Triigi,_Aleksandri_(Koue)_vallakohus, lk 8
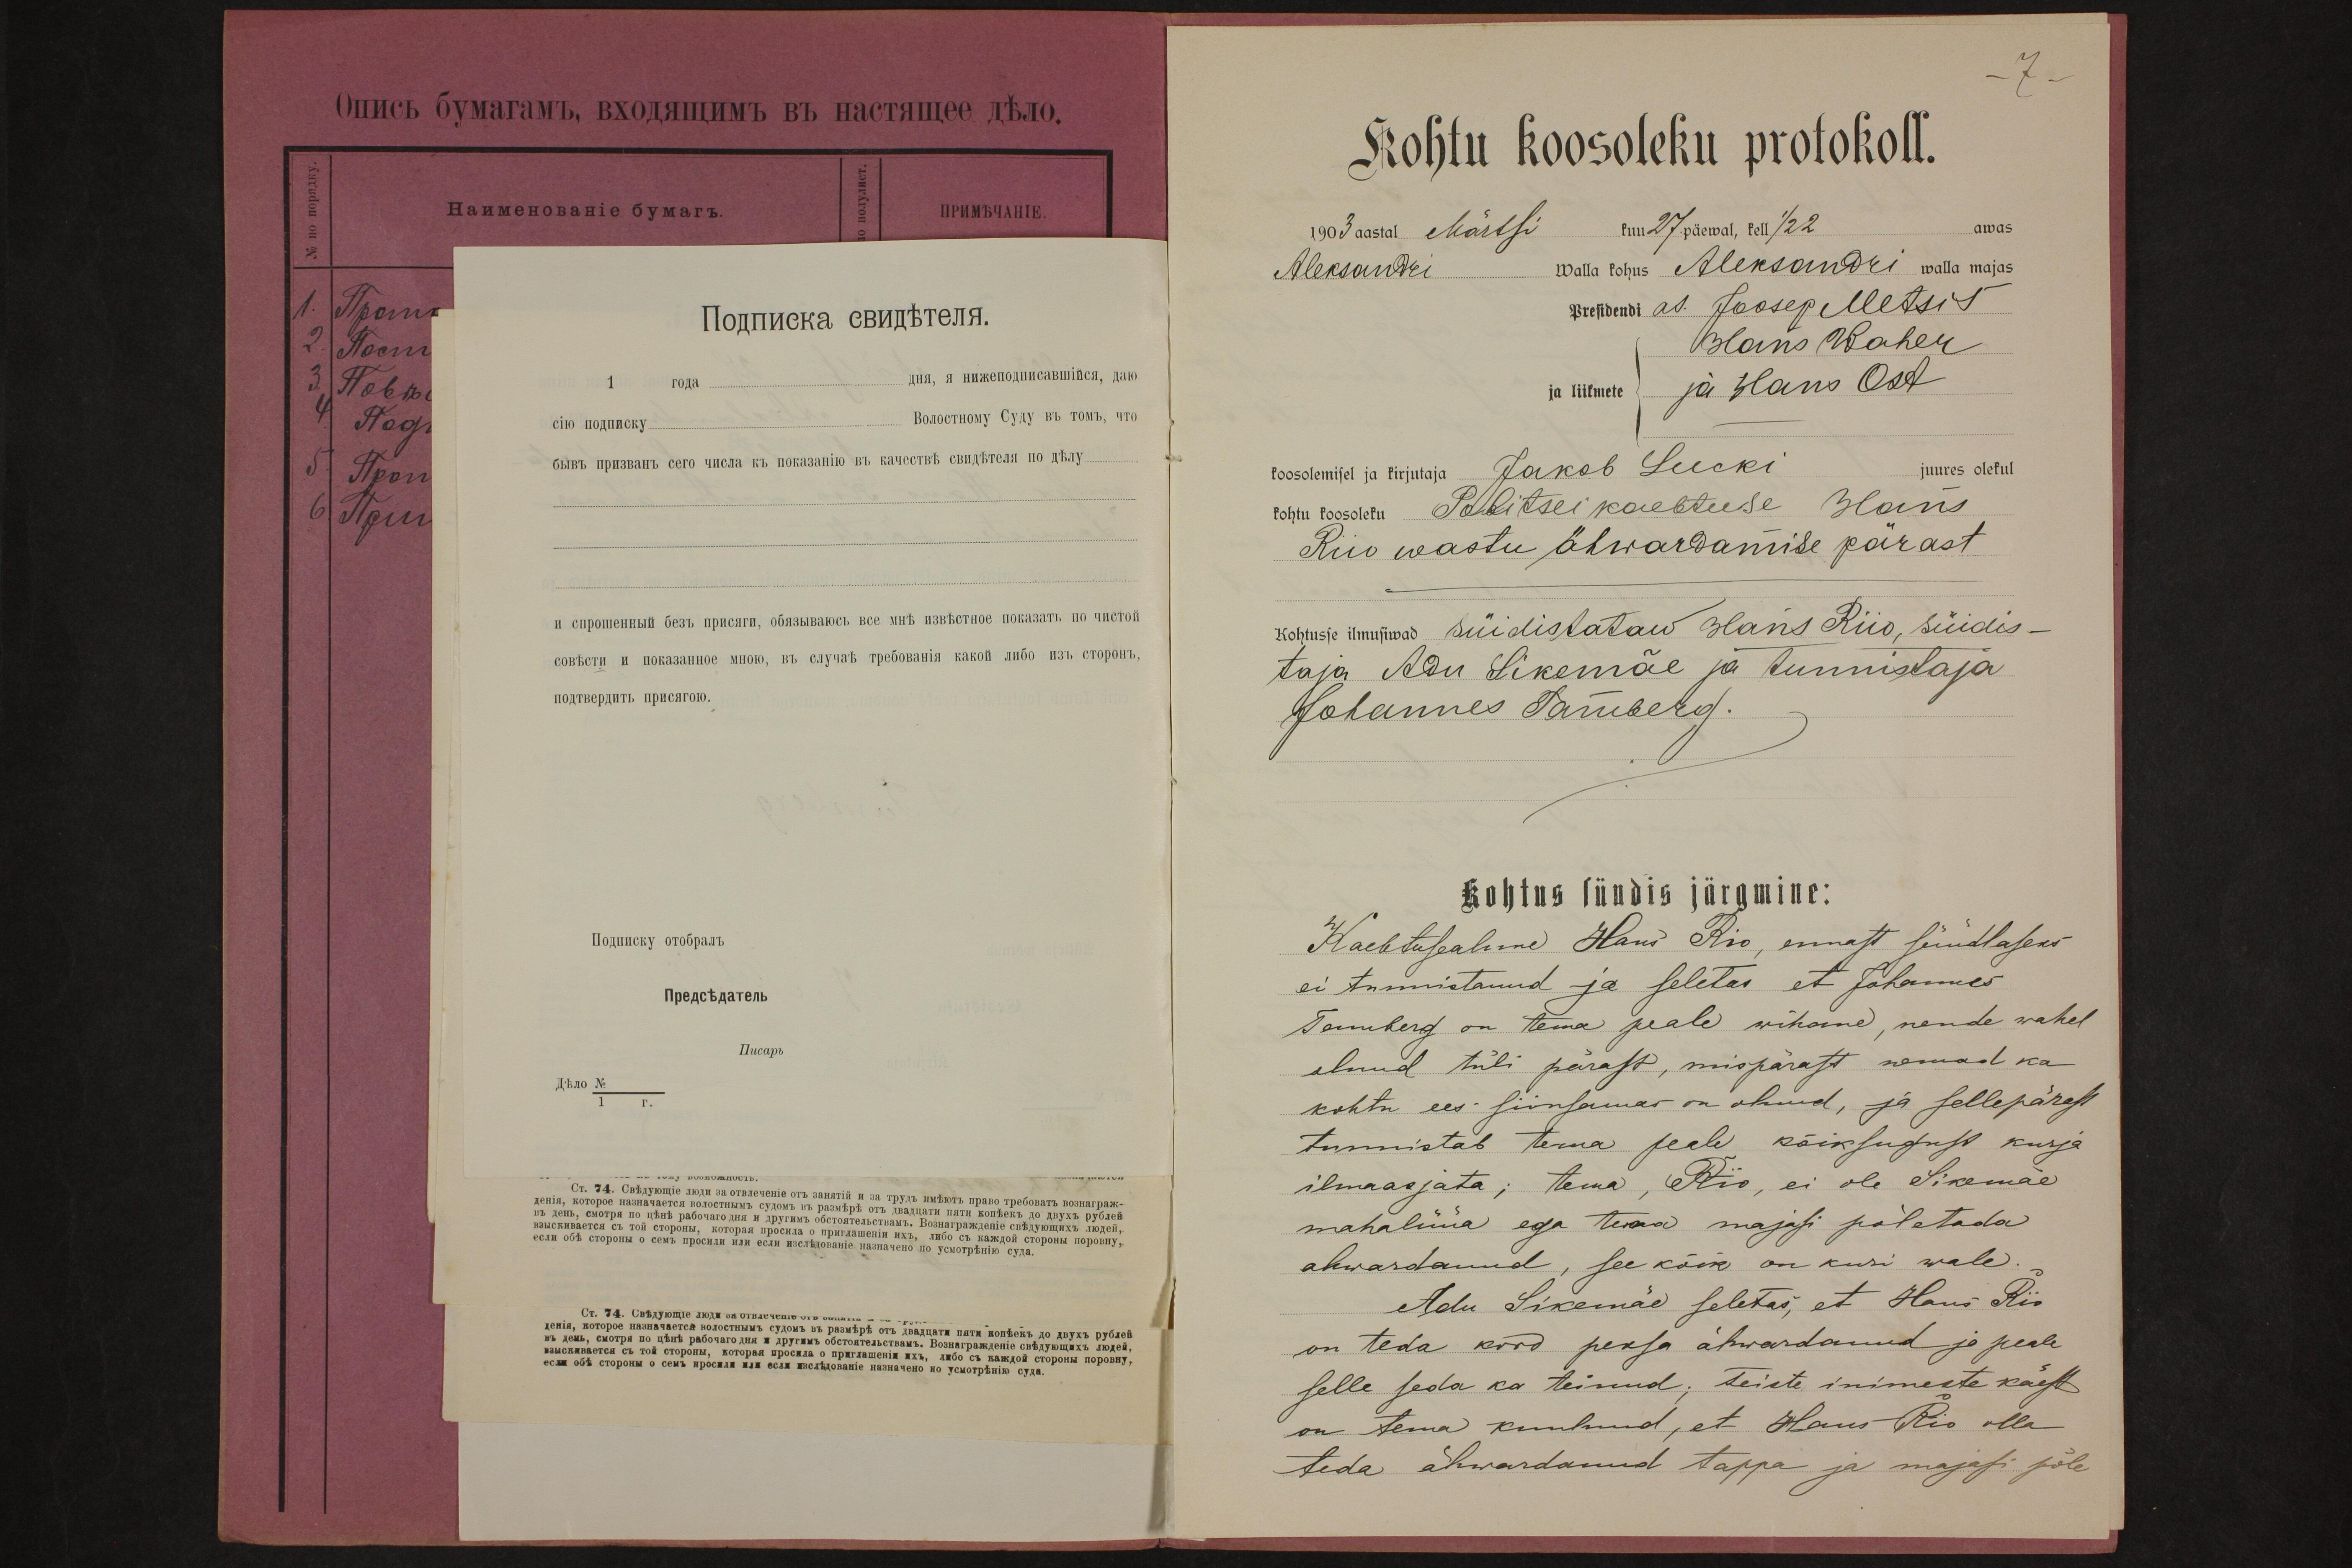
Kohtu koosoleku protokoll.
1903 aastal Märtsi kuu 27. päewal, kell 1/2 2
awas
Aleksandri walla kohus Aleksandri walla majas
Presidendi as. Joosep Metsis
Hans Waher
ja liikmete ja Hans Ost
koosolemisel ja kirjutaja Jakob Lucki juures olekul
kohtu koosoleku Politsei kaebtuse Hans
Riio wastu ähwardamise pärast
Kohtusse ilmusiwad süidistataw Hans Riio, süidis-
taja Adu Sikemäe ja tunnistaja
Johannes Tamberg.
Kohtus sündis järgmine:
Kaebtusealune Hans Rio, ennast süüdlaseks
ei tunnistanud ja seletas et Johannes
Temberg on tema peale wihane, nende wahel
olnud tüli pärast, mispärast nemad ka
kohtu ees siinsamas on olnud, ja sellepärast
tunnistab tema peale kõiksugust kurja
ilmaasjata; tema, Rio, ei ole Sikemäe
mahalüüa ega tema majasi põletada
ahwardanud, see kõik on kuri wale.
Adu Sikemäe seletas, et Hans Rio
on teda kord peksa ähwardanud ja peale
selle seda ka teinud; teiste inimeste käest
on tema kuulnud, et Hans Rio olla
teda ähwardanud tappa ja majasi põle